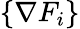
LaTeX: \{ \nabla F_{i}\}